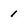
Character: 1